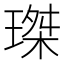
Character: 㻧